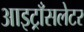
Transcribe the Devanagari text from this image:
आइट्राँसलेटर